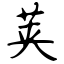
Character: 荚